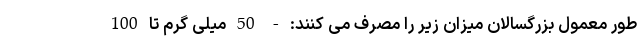
طور معمول بزرگسالان میزان زیر را مصرف می کنند: - 50 میلی گرم تا 100